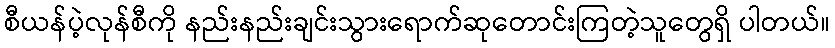
စီယန်ပဲ့လုန်စီကို နည်းနည်းချင်းသွားရောက်ဆုတောင်းကြတဲ့သူတွေရှိ ပါတယ်။